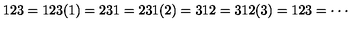
1 2 3 = 1 2 3 ( 1 ) = 2 3 1 = 2 3 1 ( 2 ) = 3 1 2 = 3 1 2 ( 3 ) = 1 2 3 = \cdot \cdot \cdot